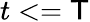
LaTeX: t<=\mathsf{T}